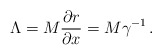
\begin{align*}\Lambda = M \frac{\partial r}{\partial x} = M \gamma^{-1} \,.\end{align*}